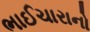
ભાઈચારાનો